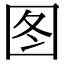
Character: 图